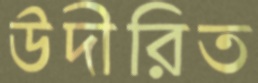
উদীরিত